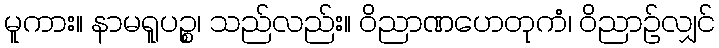
မူကား။ နာမရူပဉ္စ၊ သည်လည်း။ ဝိညာဏဟေတုကံ၊ ဝိညာဉ်လျှင်